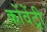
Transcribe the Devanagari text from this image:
कोंवेंट्री